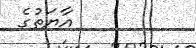
އާޔަތުގެ